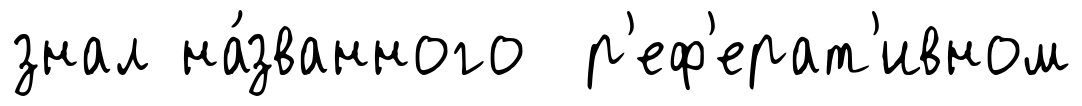
знал на́званного р'еф'ерат'ивном